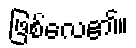
ဖြစ်လေ၏။